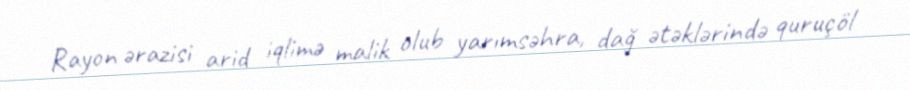
Rayon ərazisi arid iqlimə malik olub yarımsəhra, dağ ətəklərində quruçöl